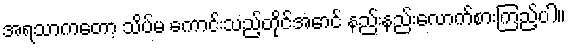
အရသာကတော့ သိပ်မ ကောင်းသည့်တိုင်အောင် နည်းနည်းလောက်စားကြည့်ပါ။